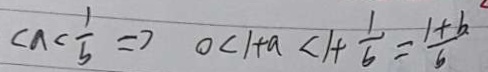
< a < \frac { 1 } { b } \Rightarrow 0 < 1 + a < 1 + \frac { 1 } { 6 } = \frac { 1 + b } { 6 }